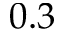
0 . 3